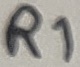
Text: R1